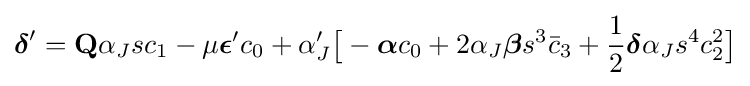
{\boldsymbol {\delta }}'=\mathbf {Q} \alpha _{J}sc_{1}-\mu {\boldsymbol {\epsilon }}'c_{0}+\alpha '_{J}{\big [}-{\boldsymbol {\alpha }}c_{0}+2\alpha _{J}{\boldsymbol {\beta }}s^{3}{\bar {c}}_{3}+{\frac {1}{2}}{\boldsymbol {\delta }}\alpha _{J}s^{4}c_{2}^{2}{\big ]}